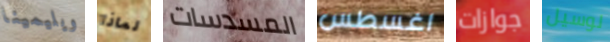
ويليمينا لماذا المسدسات اغسطس جوازات لوسيل